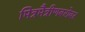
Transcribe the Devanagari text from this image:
मित्रमैत्रीणबरोबर